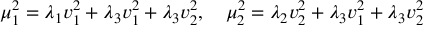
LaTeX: \mu _ { 1 } ^ { 2 } = \lambda _ { 1 } v _ { 1 } ^ { 2 } + \lambda _ { 3 } v _ { 1 } ^ { 2 } + \lambda _ { 3 } v _ { 2 } ^ { 2 } , \quad \mu _ { 2 } ^ { 2 } = \lambda _ { 2 } v _ { 2 } ^ { 2 } + \lambda _ { 3 } v _ { 1 } ^ { 2 } + \lambda _ { 3 } v _ { 2 } ^ { 2 }